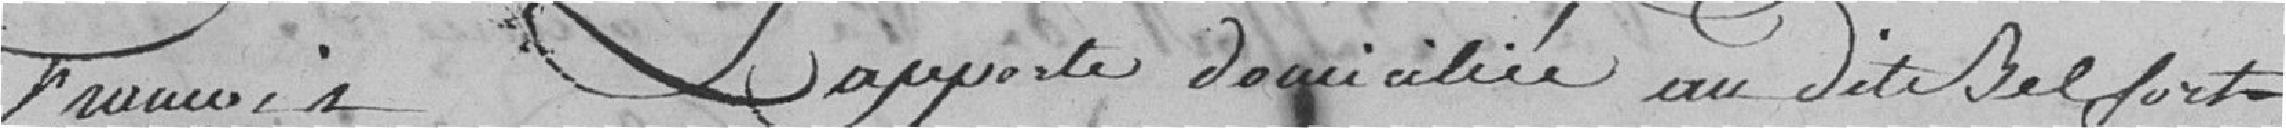
François Lapporte domiciliée au dite Belfort